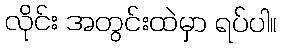
လိုင်း အတွင်းထဲမှာ ရပ်ပါ။